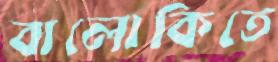
বালোকিতে